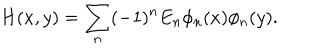
LaTeX: H ( x , y ) = \sum _ { n } ( - 1 ) ^ { n } E _ { n } \phi _ { n } ( x ) \phi _ { n } ( y ) .